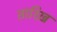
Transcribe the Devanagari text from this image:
तारिख़